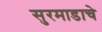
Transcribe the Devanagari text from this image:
सुरमाडाचे